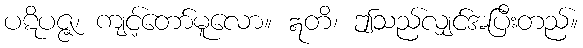
ပဋိပဇ္ဇ၊ ကျင့်တော်မူလော။ ဣတိ၊ ဤသည်လျှင်အပြီးတည်။